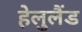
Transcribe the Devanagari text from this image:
हेलुलैंड